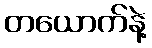
တယောက်နဲ့